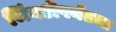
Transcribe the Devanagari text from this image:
भिंवडीपर्यंतचा